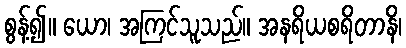
စွန့်၍။ ယော၊ အကြင်သူသည်။ အနရိယစရိတာနိ၊